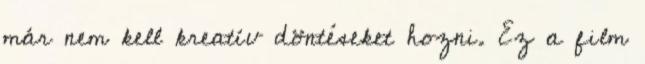
már nem kell kreatív döntéseket hozni. Ez a film